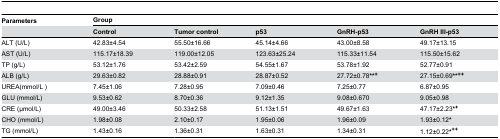
<table><thead><tr><td><b>Parameters</b></td><td colspan="5"><b>Group</b></td></tr><tr><td></td><td><b>Control</b></td><td><b>Tumor control</b></td><td><b>p53</b></td><td><b>GnRH-p53</b></td><td><b>GnRH III-p53</b></td></tr></thead><tbody><tr><td>ALT (U/L)</td><td>42.83±4.54</td><td>55.50±16.66 </td><td>45.14±4.66</td><td>43.00±8.58</td><td>49.17±13.15</td></tr><tr><td>AST (U/L)</td><td>115.17±18.39</td><td>119.00±12.05</td><td>123.63±25.24</td><td>115.33±11.54</td><td>115.50±15.62</td></tr><tr><td>TP (g/L)</td><td>53.12±1.76</td><td>53.42±2.59</td><td>54.55±1.67</td><td>53.78±1.92</td><td>52.77±0.91</td></tr><tr><td>ALB (g/L)</td><td>29.63±0.82</td><td>28.88±0.91</td><td>28.87±0.52 </td><td>27.72±0.78<b>**<sup>+</sup></b></td><td>27.15±0.69<b>**<sup>++</sup></b></td></tr><tr><td>UREA(mmol/L )</td><td>7.45±1.06</td><td>7.28±0.95</td><td>7.09±0.46</td><td>7.25±0.77</td><td>6.87±0.95</td></tr><tr><td>GLU (mmol/L)</td><td>9.53±0.62</td><td>8.70±0.36</td><td>9.12±1.35</td><td>9.08±0.670</td><td>9.05±0.98</td></tr><tr><td>CRE (μmol/L)</td><td>49.00±3.46</td><td>50.33±2.58</td><td>51.13±1.51</td><td>49.67±1.63</td><td>47.17±2.23<b>*<sup>+</sup></b></td></tr><tr><td>CHO (mmol/L)</td><td>1.98±0.08</td><td>2.10±0.17</td><td>1.95±0.06</td><td>1.96±0.09</td><td>1.93±0.12<b>*</b></td></tr><tr><td>TG (mmol/L)</td><td>1.43±0.16</td><td>1.36±0.31</td><td>1.63±0.31</td><td>1.34±0.31</td><td>1.12±0.22<b>*<sup>++</sup></b></td></tr></tbody></table>